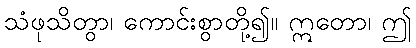
သံဖုသိတွာ၊ ကောင်းစွာတို့၍။ ဣတော၊ ဤ